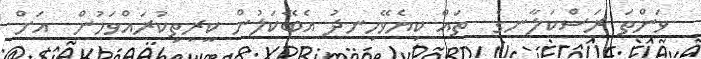
ވަންތަ ރަސްކަލާނގެ  ތައް ކިޔެވޭހިނދު އެބޭކަލުން ކީރިތިކުރައްވަމުން  އަށް